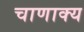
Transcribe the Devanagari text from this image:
चाणाक्य